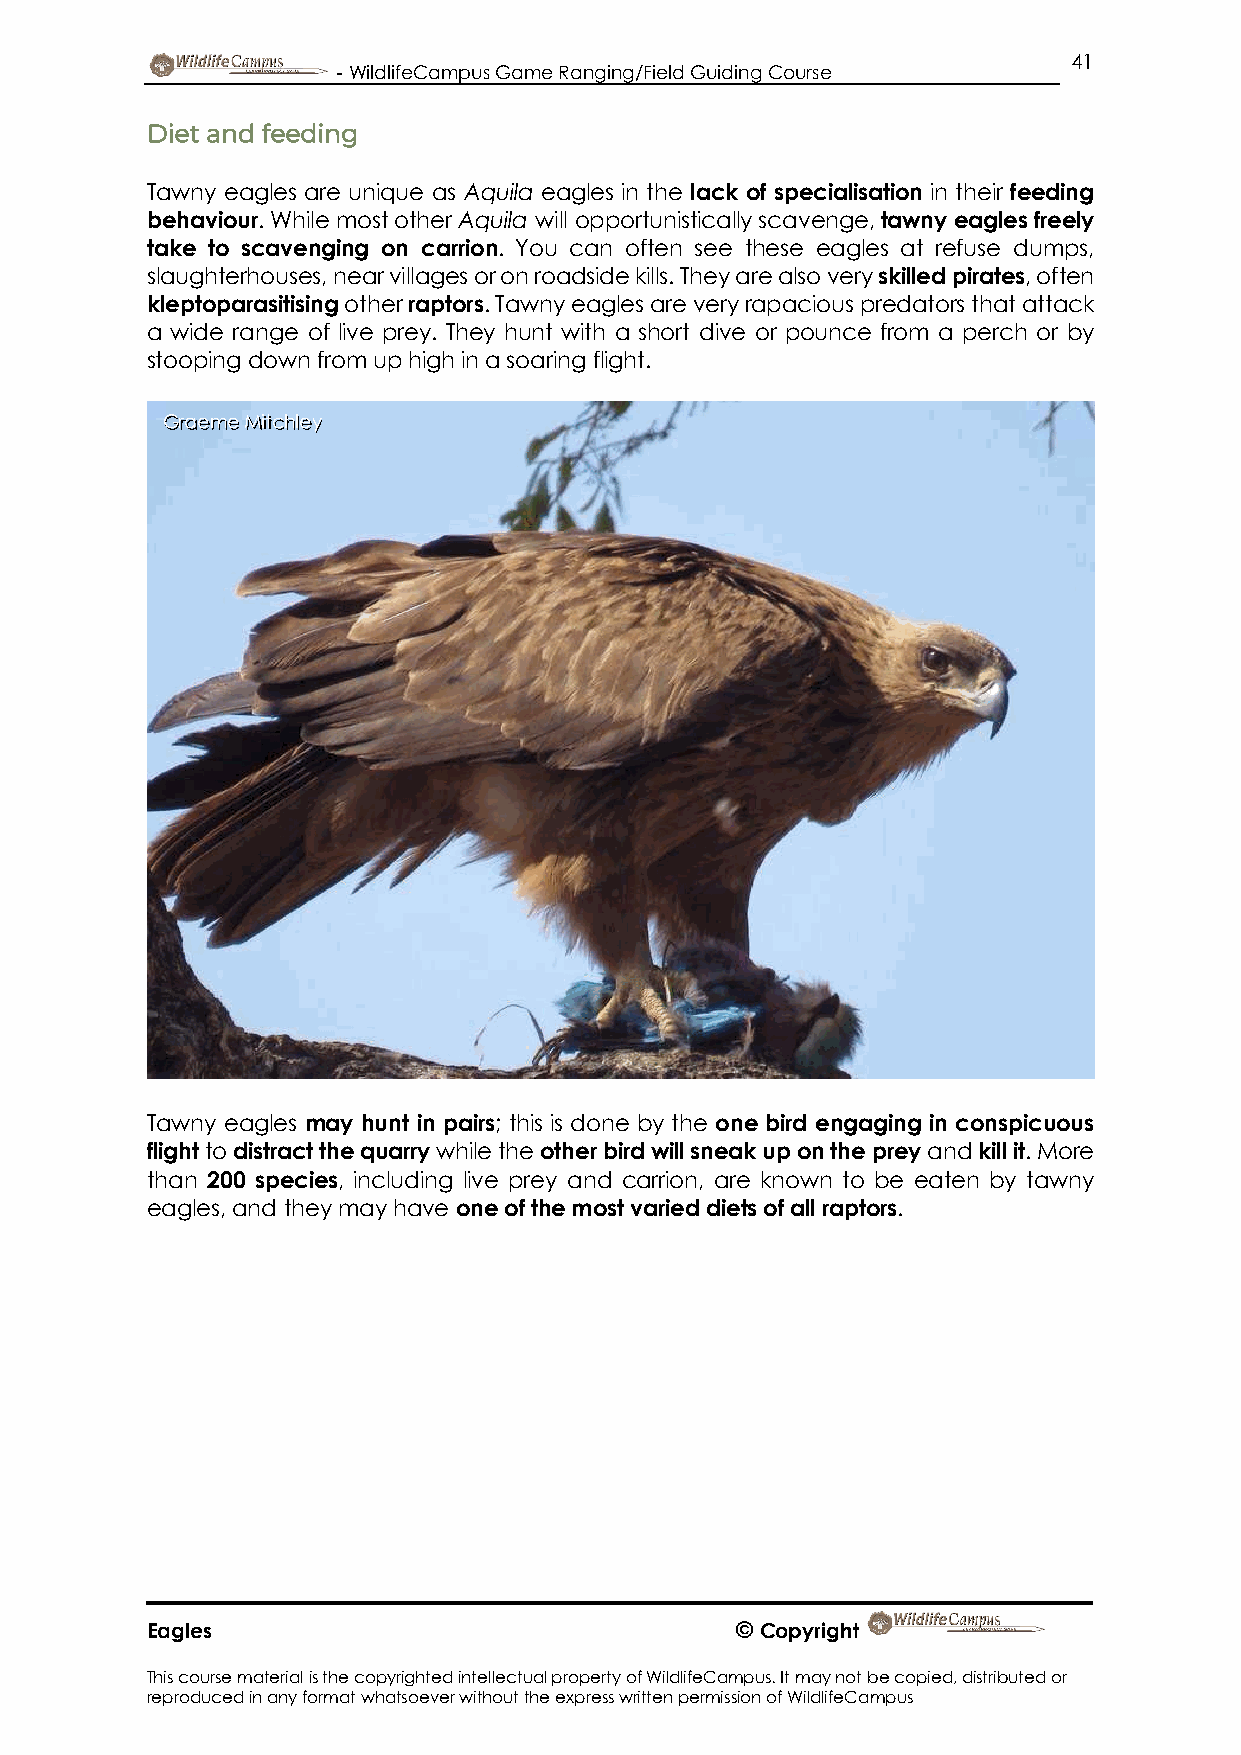
41
 - WildlifeCampus Game Ranging/Field Guiding Course
 Diet and feeding
 Tawny eagles are unique as Aquila eagles in the lack of specialisation in their feeding
 behaviour. While most other Aquila will opportunistically scavenge, tawny eagles freely
 take to scavenging on carrion. You can often see these eagles at refuse dumps,
 slaughterhouses, near villages or on roadside kills. They are also very skilled pirates, often
 kleptoparasitising other raptors. Tawny eagles are very rapacious predators that attack
 a wide range of live prey. They hunt with a short dive or pounce from a perch or by
 stooping down from up high in a soaring flight.
 Graeme Mitchley
 Tawny eagles may hunt in pairs; this is done by the one bird engaging in conspicuous
 flight to distract the quarry while the other bird will sneak up on the prey and kill it. More
 than 200 species, including live prey and carrion, are known to be eaten by tawny
 eagles, and they may have one of the most varied diets of all raptors.
 Eagles                                 © Copyright
 This course material is the copyrighted intellectual property of WildlifeCampus. It may not be copied, distributed or
 reproduced in any format whatsoever without the express written permission of WildlifeCampus